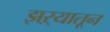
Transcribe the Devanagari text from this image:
झऱ्यातून